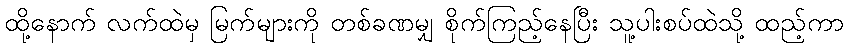
ထို့နောက် လက်ထဲမှ မြက်များကို တစ်ခဏမျှ စိုက်ကြည့်နေပြီး သူ့ပါးစပ်ထဲသို့ ထည့်ကာ